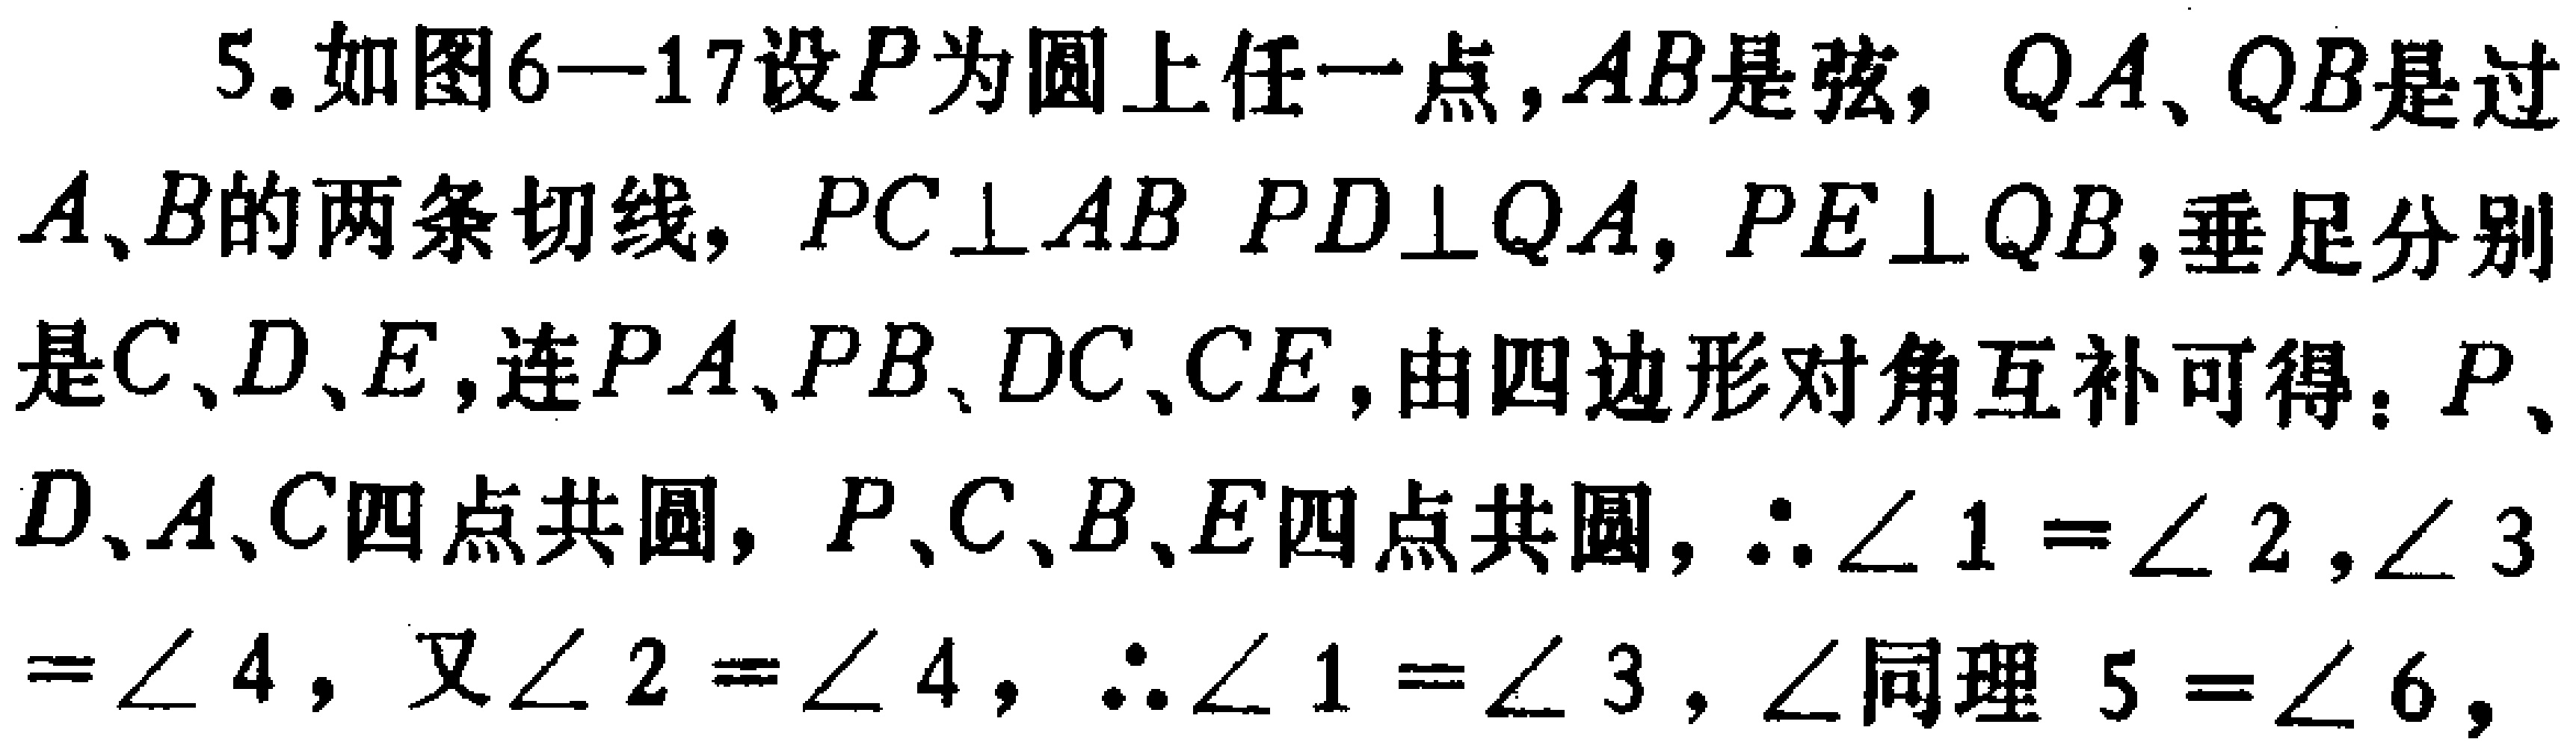
5. 如图6—17设\(P\)为圆上任一点，\(AB\)是弦，\(QA\)、\(QB\)是过\(A\)、\(B\)的两条切线，\(PC\perp AB\) \(PD\perp QA\)，\(PE\perp QB\)，垂足分别是\(C\)、\(D\)、\(E\)，连\(PA\)、\(PB\)、\(DC\)、\(CE\)，由四边形对角互补可得：\(P\)、\(D\)、\(A\)、\(C\)四点共圆，\(P\)、\(C\)、\(B\)、\(E\)四点共圆，\(\therefore\angle 1 = \angle 2\)，\(\angle 3=\angle 4\)，又\(\angle 2 = \angle 4\)，\(\therefore\angle 1 = \angle 3\)，\(\angle\)同理 \(5 = \angle 6\)，